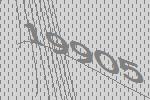
19905